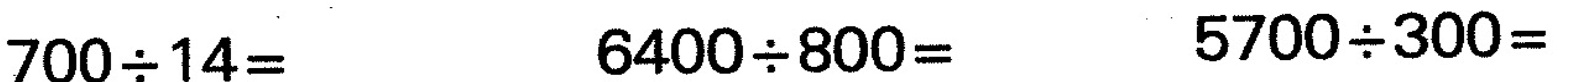
$$7 0 0 {\div} 1 4 =$$ $$6 4 0 0 {\div} 8 0 0 =$$ $$5 7 0 0 {\div} 3 0 0 =$$